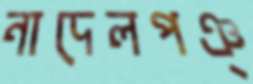
নাদেলপঞ্